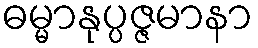
ဓမ္မာနုပ္ပဇ္ဇမာနာ